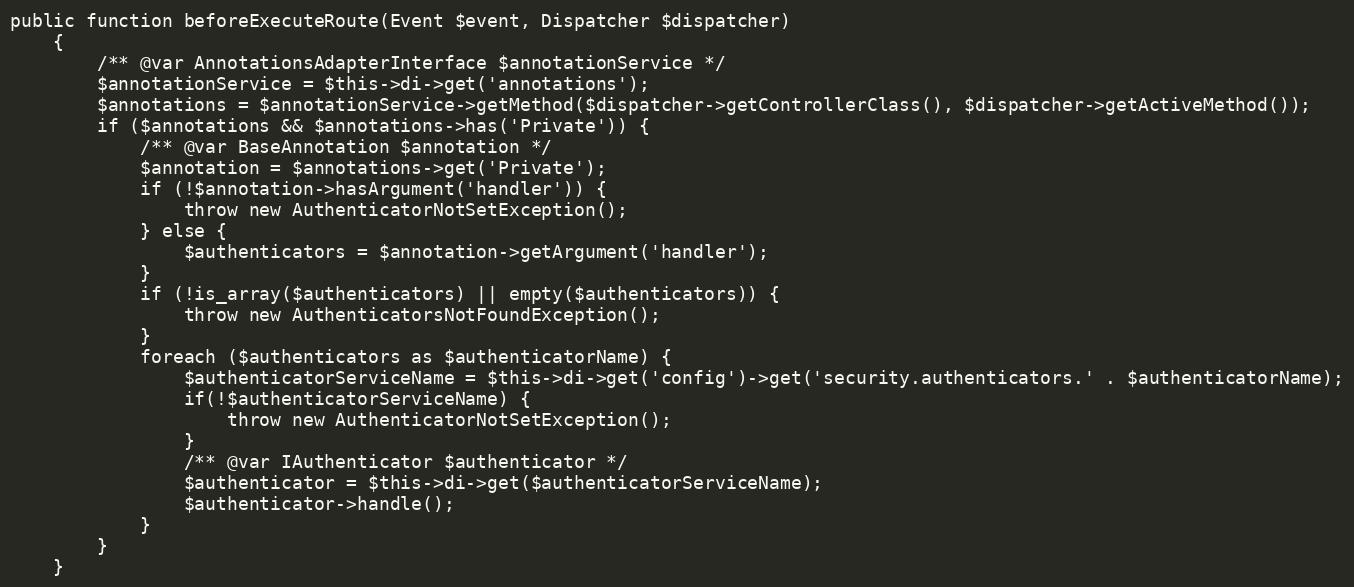
Language: PHP
public function beforeExecuteRoute(Event $event, Dispatcher $dispatcher)
    {
        /** @var AnnotationsAdapterInterface $annotationService */
        $annotationService = $this->di->get('annotations');
        $annotations = $annotationService->getMethod($dispatcher->getControllerClass(), $dispatcher->getActiveMethod());
        if ($annotations && $annotations->has('Private')) {
            /** @var BaseAnnotation $annotation */
            $annotation = $annotations->get('Private');
            if (!$annotation->hasArgument('handler')) {
                throw new AuthenticatorNotSetException();
            } else {
                $authenticators = $annotation->getArgument('handler');
            }
            if (!is_array($authenticators) || empty($authenticators)) {
                throw new AuthenticatorsNotFoundException();
            }
            foreach ($authenticators as $authenticatorName) {
                $authenticatorServiceName = $this->di->get('config')->get('security.authenticators.' . $authenticatorName);
                if(!$authenticatorServiceName) {
                    throw new AuthenticatorNotSetException();
                }
                /** @var IAuthenticator $authenticator */
                $authenticator = $this->di->get($authenticatorServiceName);
                $authenticator->handle();
            }
        }
    }